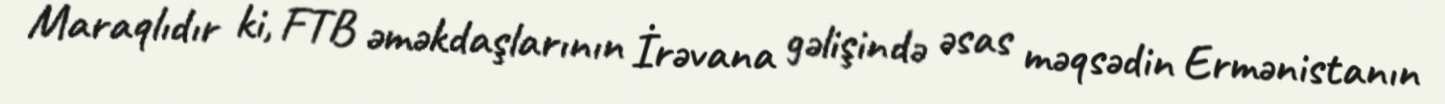
Maraqlıdır ki, FTB əməkdaşlarının İrəvana gəlişində əsas məqsədin Ermənistanın